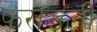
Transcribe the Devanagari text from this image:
फ़राऊनी